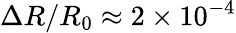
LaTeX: \Delta R/R_{0}\approx 2\times 10^{-4}